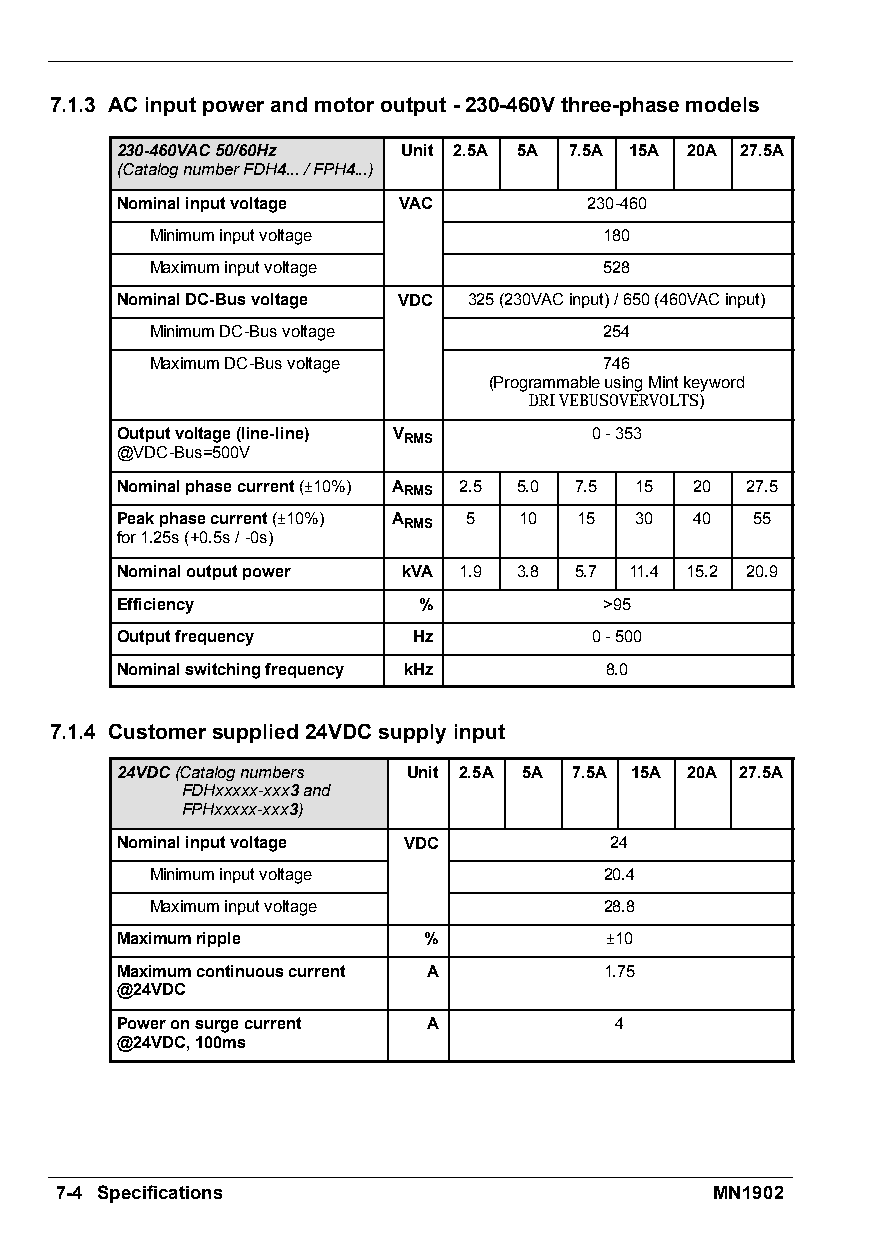
7.1.3 ACinputpowerandmotoroutput-230-460Vthree-phasemodels
 230-460VAC50/60Hz  Unit 2.5A 5A 7.5A 15A 20A 27.5A
 (CatalognumberFDH4.../FPH4...)
 Nominalinputvoltage VAC        230-460
 Minimuminputvoltage           180
 Maximuminputvoltage           528
 NominalDC-Busvoltage VDC 325(230VACinput)/650(460VACinput)
 MinimumDC-Busvoltage          254
 MaximumDC-Busvoltage          746
 (ProgrammableusingMintkeyword
 DRIVEBUSOVERVOLTS)
 Outputvoltage(line-line) VRMS  0-353
 @VDC-Bus=500V
 Nominalphasecurrent(–10%) ARMS 2.5 5.0 7.5 15 20 27.5
 Peakphasecurrent(–10%) ARMS 5 10 15 30 40 55
 for1.25s(+0.5s/-0s)
 Nominaloutputpower kVA 1.9 3.8 5.7 11.4 15.2 20.9
 Efficiency          %           >95
 Outputfrequency    Hz          0-500
 Nominalswitchingfrequency kHz   8.0
 7.1.4 Customersupplied24VDCsupplyinput
 24VDC(Catalognumbers Unit 2.5A 5A 7.5A 15A 20A 27.5A
 FDHxxxxx-xxx3and
 FPHxxxxx-xxx3)
 Nominalinputvoltage VDC         24
 Minimuminputvoltage           20.4
 Maximuminputvoltage           28.8
 Maximumripple       %           –10
 Maximumcontinuouscurrent A      1.75
 @24VDC
 Poweronsurgecurrent A            4
 @24VDC,100ms
 7-4 Specifications                         MN1902